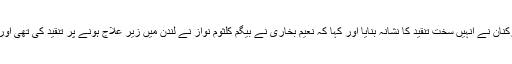
لندن اسپتال میں زیر علاج ہونے پر ن لیگی کارکنان نے انہیں سخت تنقید کا نشانہ بنایا اور کہا کہ نعیم بخاری نے بیگم کلثوم نواز نے لندن میں زیر علاج ہونے پر تنقید کی تھی اور اب وہ خود لندن کے اسپتال میں زیر علاج ہیں۔